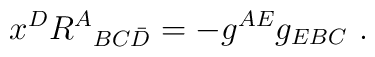
x^DR^A{}_{BC\bar D}=-g^{AE}g_{EBC}\ .